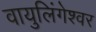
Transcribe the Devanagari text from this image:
वायुलिंगेश्वर